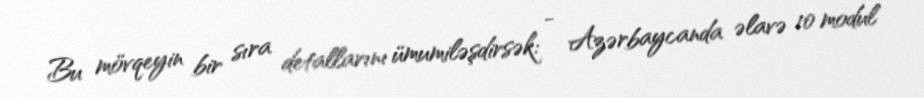
Bu mövqeyin bir sıra detallarını ümumiləşdirsək: - Azərbaycanda əlavə 10 modul